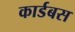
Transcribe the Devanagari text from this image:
कार्डबस